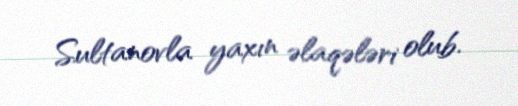
Sultanovla yaxın əlaqələri olub.